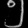
Digit: ၅